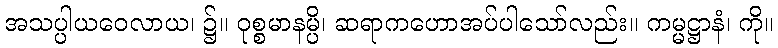
အသပ္ပါယဝေလာယ၊ ၌။ ဝုစ္စမာနမ္ပိ၊ ဆရာကဟောအပ်ပါသော်လည်း။ ကမ္မဋ္ဌာနံ၊ ကို။